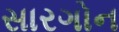
સારગોન